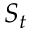
S _ { t }